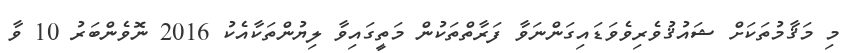
މި މަޤާމުތަކަށް ޝައުޤުވެރިވެވަޑައިގަންނަވާ ފަރާތްތަކުން މަތީގައިވާ ލިޔުންތަކާއެކު 2016 ނޮވެންބަރު 10 ވާ